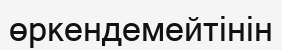
өркендемейтінін